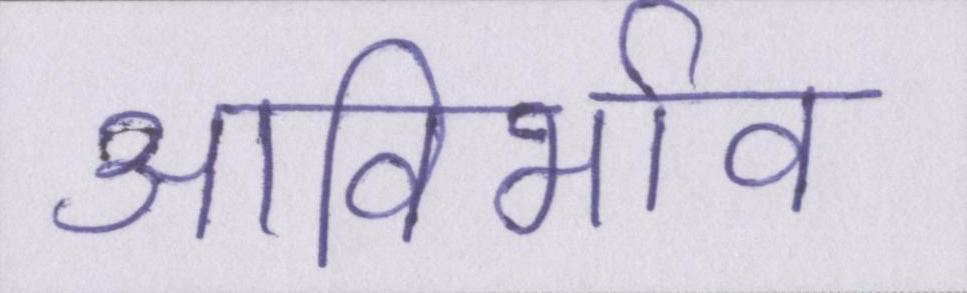
आविर्भाव